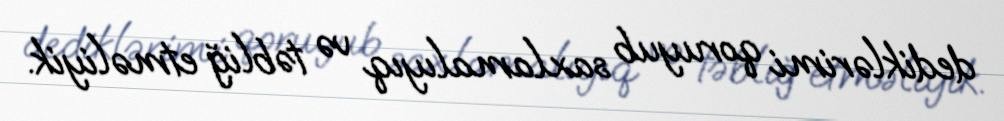
dediklərimi qoruyub saxlamalıyıq və təbliğ etməliyik.